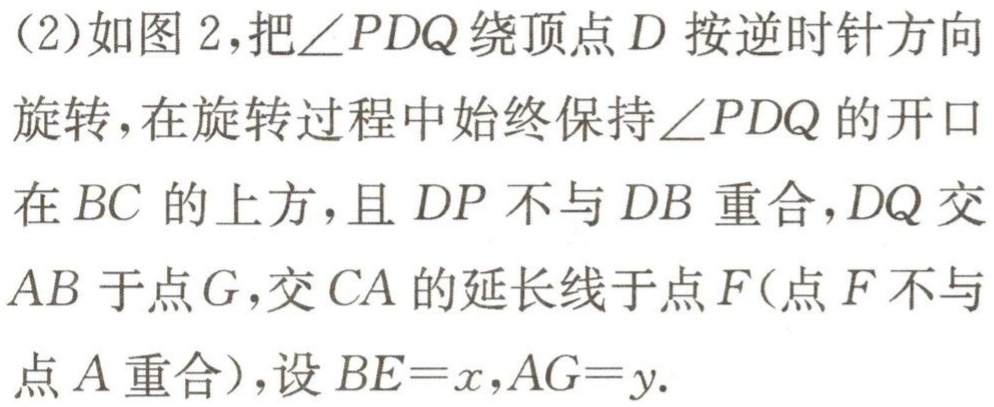
(2)如图2,把$\angle PDQ$绕顶点$D$按逆时针方向
旋转,在旋转过程中始终保持$\angle PDQ$的开口
在$BC$的上方,且$DP$不与$DB$重合,$DQ$交
$AB$于点$G$,交$CA$的延长线于点$F$(点$F$不与
点$A$重合),设$BE = x$,$AG = y$.